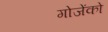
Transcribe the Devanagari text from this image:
गोजेंको